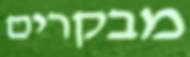
מבקרים